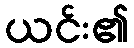
ယင်း၏